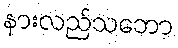
နားလည်သဘော